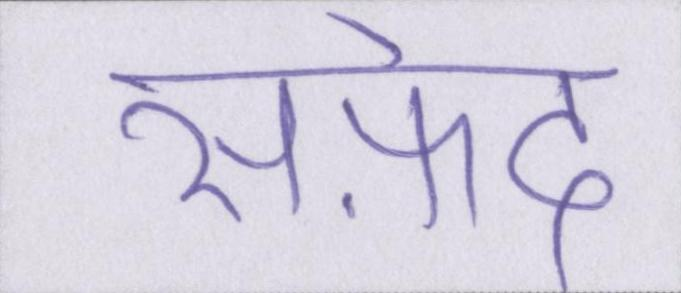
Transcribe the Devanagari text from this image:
सफ़ेद